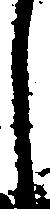
し